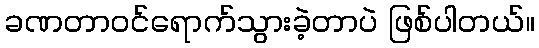
ခဏတာဝင်ရောက်သွားခဲ့တာပဲ ဖြစ်ပါတယ်။